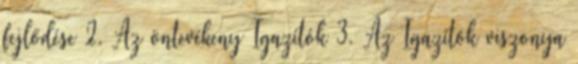
fejlődése 2. Az öntevékeny Igazítók 3. Az Igazítók viszonya